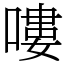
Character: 嘍